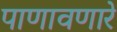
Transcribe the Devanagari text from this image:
पाणावणारे